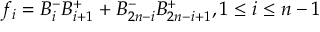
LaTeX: f _ { i } = B _ { i } ^ { - } B _ { i + 1 } ^ { + } + B _ { 2 n - i } ^ { - } B _ { 2 n - i + 1 } ^ { + } , 1 \leq i \leq n - 1